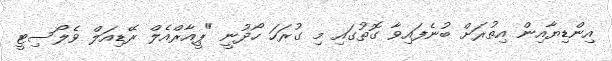
އިންޑިޔާއިން އިތުރަށް ބުނެފައިވާ ގޮތުގައި މި ގުރަހަ ހޯދުނީ "ޕީއާރްއެލް ރޭޑިއަލް ވެލޯސިޓީ